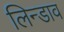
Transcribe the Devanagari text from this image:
लिन्डाव